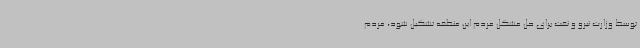
توسط وزارت نیرو و نفت برای حل مشکل مردم این منطقه تشکیل شود، مردم